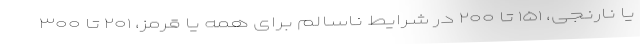
یا نارنجی، ۱۵۱ تا ۲۰۰ در شرایط ناسالم برای همه یا قرمز، ۲۰۱ تا ۳۰۰